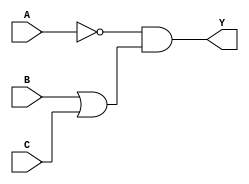
module complex_logic_gate (
    input A,
    input B,
    input C,
    output Y
);

// NOT Gate
assign not_A = ~A;

// Other combinational logic blocks (example)
assign Y = not_A & (B | C);

endmodule